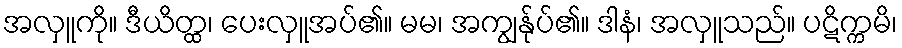
အလှူကို။ ဒီယိတ္ထ၊ ပေးလှူအပ်၏။ မမ၊ အကျွန်ုပ်၏။ ဒါနံ၊ အလှူသည်။ ပဋိက္ကမိ၊